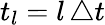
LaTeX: t_{l}=l\, \triangle t